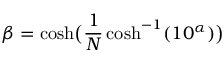
\beta = \cosh \! { \big ( } { \frac { 1 } { N } } \cosh ^ { - 1 } ( 1 0 ^ { \alpha } ) { \big ) }